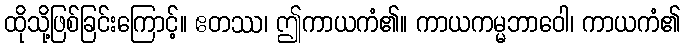
ထိုသို့ဖြစ်ခြင်းကြောင့်။ ဧတဿ၊ ဤကာယကံ၏။ ကာယကမ္မဘာဝေါ၊ ကာယကံ၏